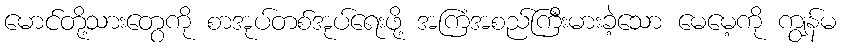
မောင်တို့သားတွေကို စာအုပ်တစ်အုပ်ရေးဖို့ အကြံအစည်ကြီးမားခဲ့သော မေမေ့ကို ကျွန်မ